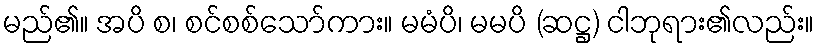
မည်၏။ အပိ စ၊ စင်စစ်သော်ကား။ မမံပိ၊ မမပိ (ဆဋ္ဌ) ငါဘုရား၏လည်း။